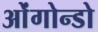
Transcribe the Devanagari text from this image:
ओंगोन्डो